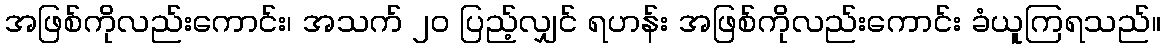
အဖြစ်ကိုလည်းကောင်း၊ အသက် ၂၀ ပြည့်လျှင် ရဟန်း အဖြစ်ကိုလည်းကောင်း ခံယူကြရသည်။